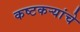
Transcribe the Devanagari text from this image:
कष्टकर्‍यांचे